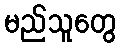
မည်သူတွေ